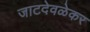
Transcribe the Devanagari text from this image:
जाटदेवळेकर